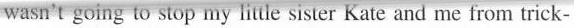
wasn't going to stop my little sister Kate and me from trick-